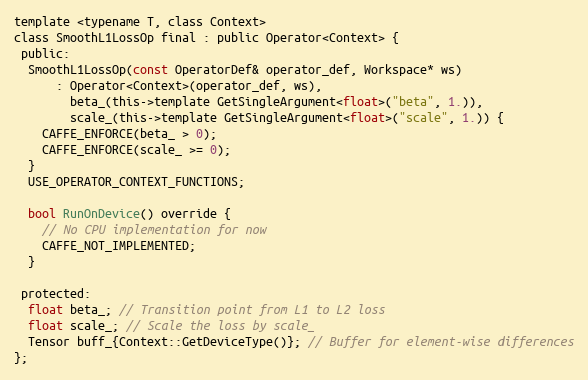
Language: C
template <typename T, class Context>
class SmoothL1LossOp final : public Operator<Context> {
 public:
  SmoothL1LossOp(const OperatorDef& operator_def, Workspace* ws)
      : Operator<Context>(operator_def, ws),
        beta_(this->template GetSingleArgument<float>("beta", 1.)),
        scale_(this->template GetSingleArgument<float>("scale", 1.)) {
    CAFFE_ENFORCE(beta_ > 0);
    CAFFE_ENFORCE(scale_ >= 0);
  }
  USE_OPERATOR_CONTEXT_FUNCTIONS;

  bool RunOnDevice() override {
    // No CPU implementation for now
    CAFFE_NOT_IMPLEMENTED;
  }

 protected:
  float beta_; // Transition point from L1 to L2 loss
  float scale_; // Scale the loss by scale_
  Tensor buff_{Context::GetDeviceType()}; // Buffer for element-wise differences
};